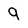
Character: 9